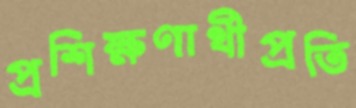
প্রশিক্ষণার্থীপ্রতি